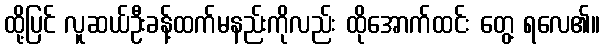
ထို့ပြင် လူဆယ်ဦးခန့်ထက်မနည်းကိုလည်း ထိုအောက်ထင်း တွေ့ ရလေ၏။